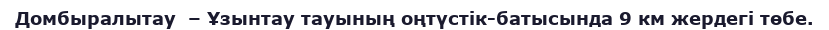
Домбыралытау  – Ұзынтау тауының оңтүстік-батысында 9 км жердегі төбе.